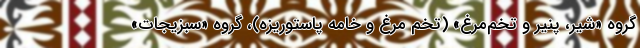
گروه «شیر، پنیر و تخم­مرغ» (تخم مرغ و خامه پاستوریزه)، گروه «سبزیجات»